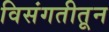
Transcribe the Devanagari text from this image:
विसंगतीतून